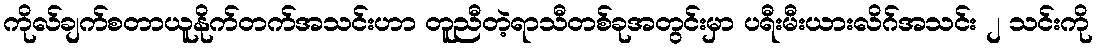
ကိုလ်ချက်စတာယူနိုက်တက်အသင်းဟာ တူညီတဲ့ရာသီတစ်ခုအတွင်းမှာ ပရီးမီးယားလိဂ်အသင်း ၂ သင်းကို